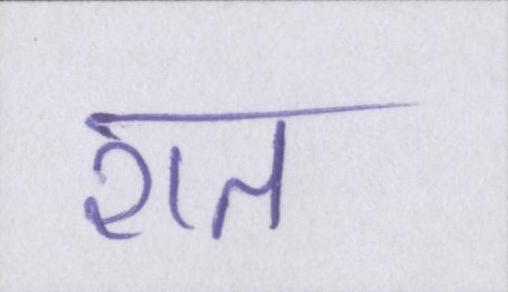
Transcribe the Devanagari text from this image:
शत